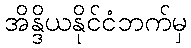
အိန္ဒိယနိုင်ငံဘက်မှ